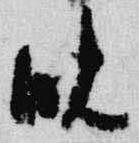
晩